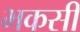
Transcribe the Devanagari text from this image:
भकसी